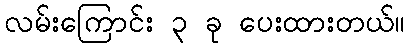
လမ်းကြောင်း ၃ ခု ပေးထားတယ်။